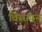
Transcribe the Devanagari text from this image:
विसायन